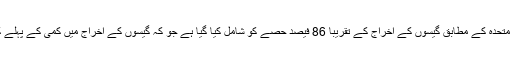
جمع کروائے گئے منصوبوں سے اقوام متحدہ کے مطابق گیسوں کے اخراج کے تقریباً 86 فیصد حصے کو شامل کیا گیا ہے جو کہ گیسوں کے اخراج میں کمی کے پہلے کیوٹو پروٹوکول سے چار گنا زیادہ ہے۔